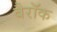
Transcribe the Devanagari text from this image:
बैरॉक